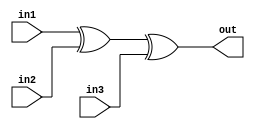
/*
    CS/ECE 552 FALL '22
    Homework #2, Problem 1

    3 input XOR
*/
module xor3 (out,in1,in2,in3);
   output out;
   input in1,in2,in3;
   assign out = in1 ^ in2 ^ in3;
endmodule